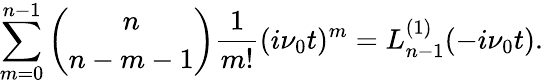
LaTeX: \sum_{m=0}^{n-1}\binom{n}{n-m-1}\frac{1}{m!}(i\nu_{0}t)^{m}=L_{n-1}^{(1)}(-i\nu_{0}t).